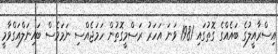
އިސްރާއީލުގެ ބައެއްގެ ގޮތުގައި 1981 ވަނަ އަހަރު ރަސްމީގޮތުން ހަމަޖެއްސި ނަމަވެސް ބައިނަލްއަގްވާމީ